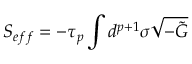
S _ { e f f } = - \tau _ { p } \int d ^ { p + 1 } \sigma \sqrt { - \tilde { G } }